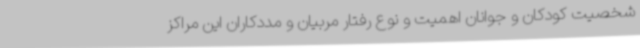
شخصیت کودکان و جوانان اهمیت و نوع رفتار مربیان و مددکاران این مراکز